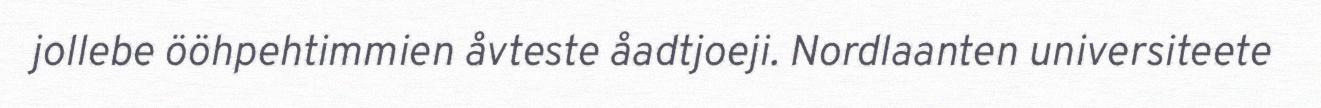
jollebe ööhpehtimmien åvteste åadtjoeji. Nordlaanten universiteete